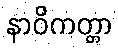
နာဝိကတ္တာ